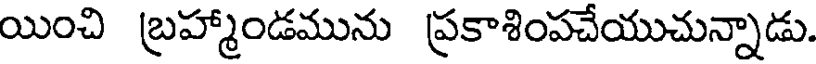
యించి బ్రహ్మాండమును ప్రకాశింపచేయుచున్నాడు.